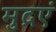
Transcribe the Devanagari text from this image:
मुद्रएं